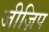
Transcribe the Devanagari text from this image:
जीज़िप